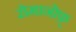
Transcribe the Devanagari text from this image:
रोमानोफ़्